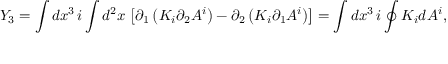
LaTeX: Y _ { 3 } = \int d x ^ { 3 } \, i \int d ^ { 2 } x \, \left[ \partial _ { 1 } \left( K _ { i } \partial _ { 2 } A ^ { i } \right) - \partial _ { 2 } \left( K _ { i } \partial _ { 1 } A ^ { i } \right) \right] = \int d x ^ { 3 } \, i \oint K _ { i } d A ^ { i } ,